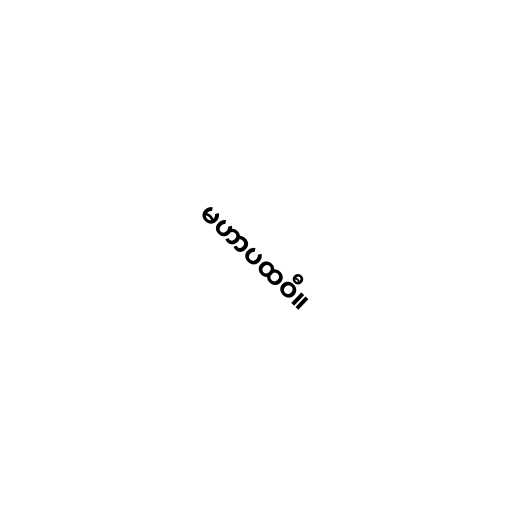
မဟာပထဝီ။